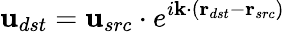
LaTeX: \textbf u_{dst}=\textbf u_{src}\cdot e^{i\textbf k\cdot(\textbf r_{dst}-\textbf r_{src})}